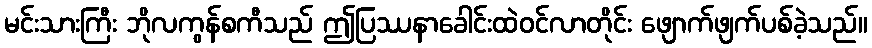
မင်းသားကြီး ဘိုလကွန်စကီသည် ဤပြဿနာခေါင်းထဲဝင်လာတိုင်း ဖျောက်ဖျက်ပစ်ခဲ့သည်။